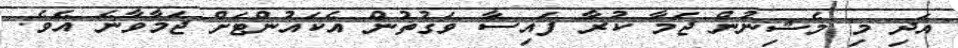
އަދި މި މެޝިނުން ޖަމާ ކުރާ ފައިސާ ވަގުތުން އެކައުންޓަށް ޖަމާވާނެ އެވެ.